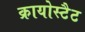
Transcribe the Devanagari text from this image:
क्रायोस्टैट